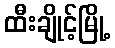
ထီးချိုင့်မြို့